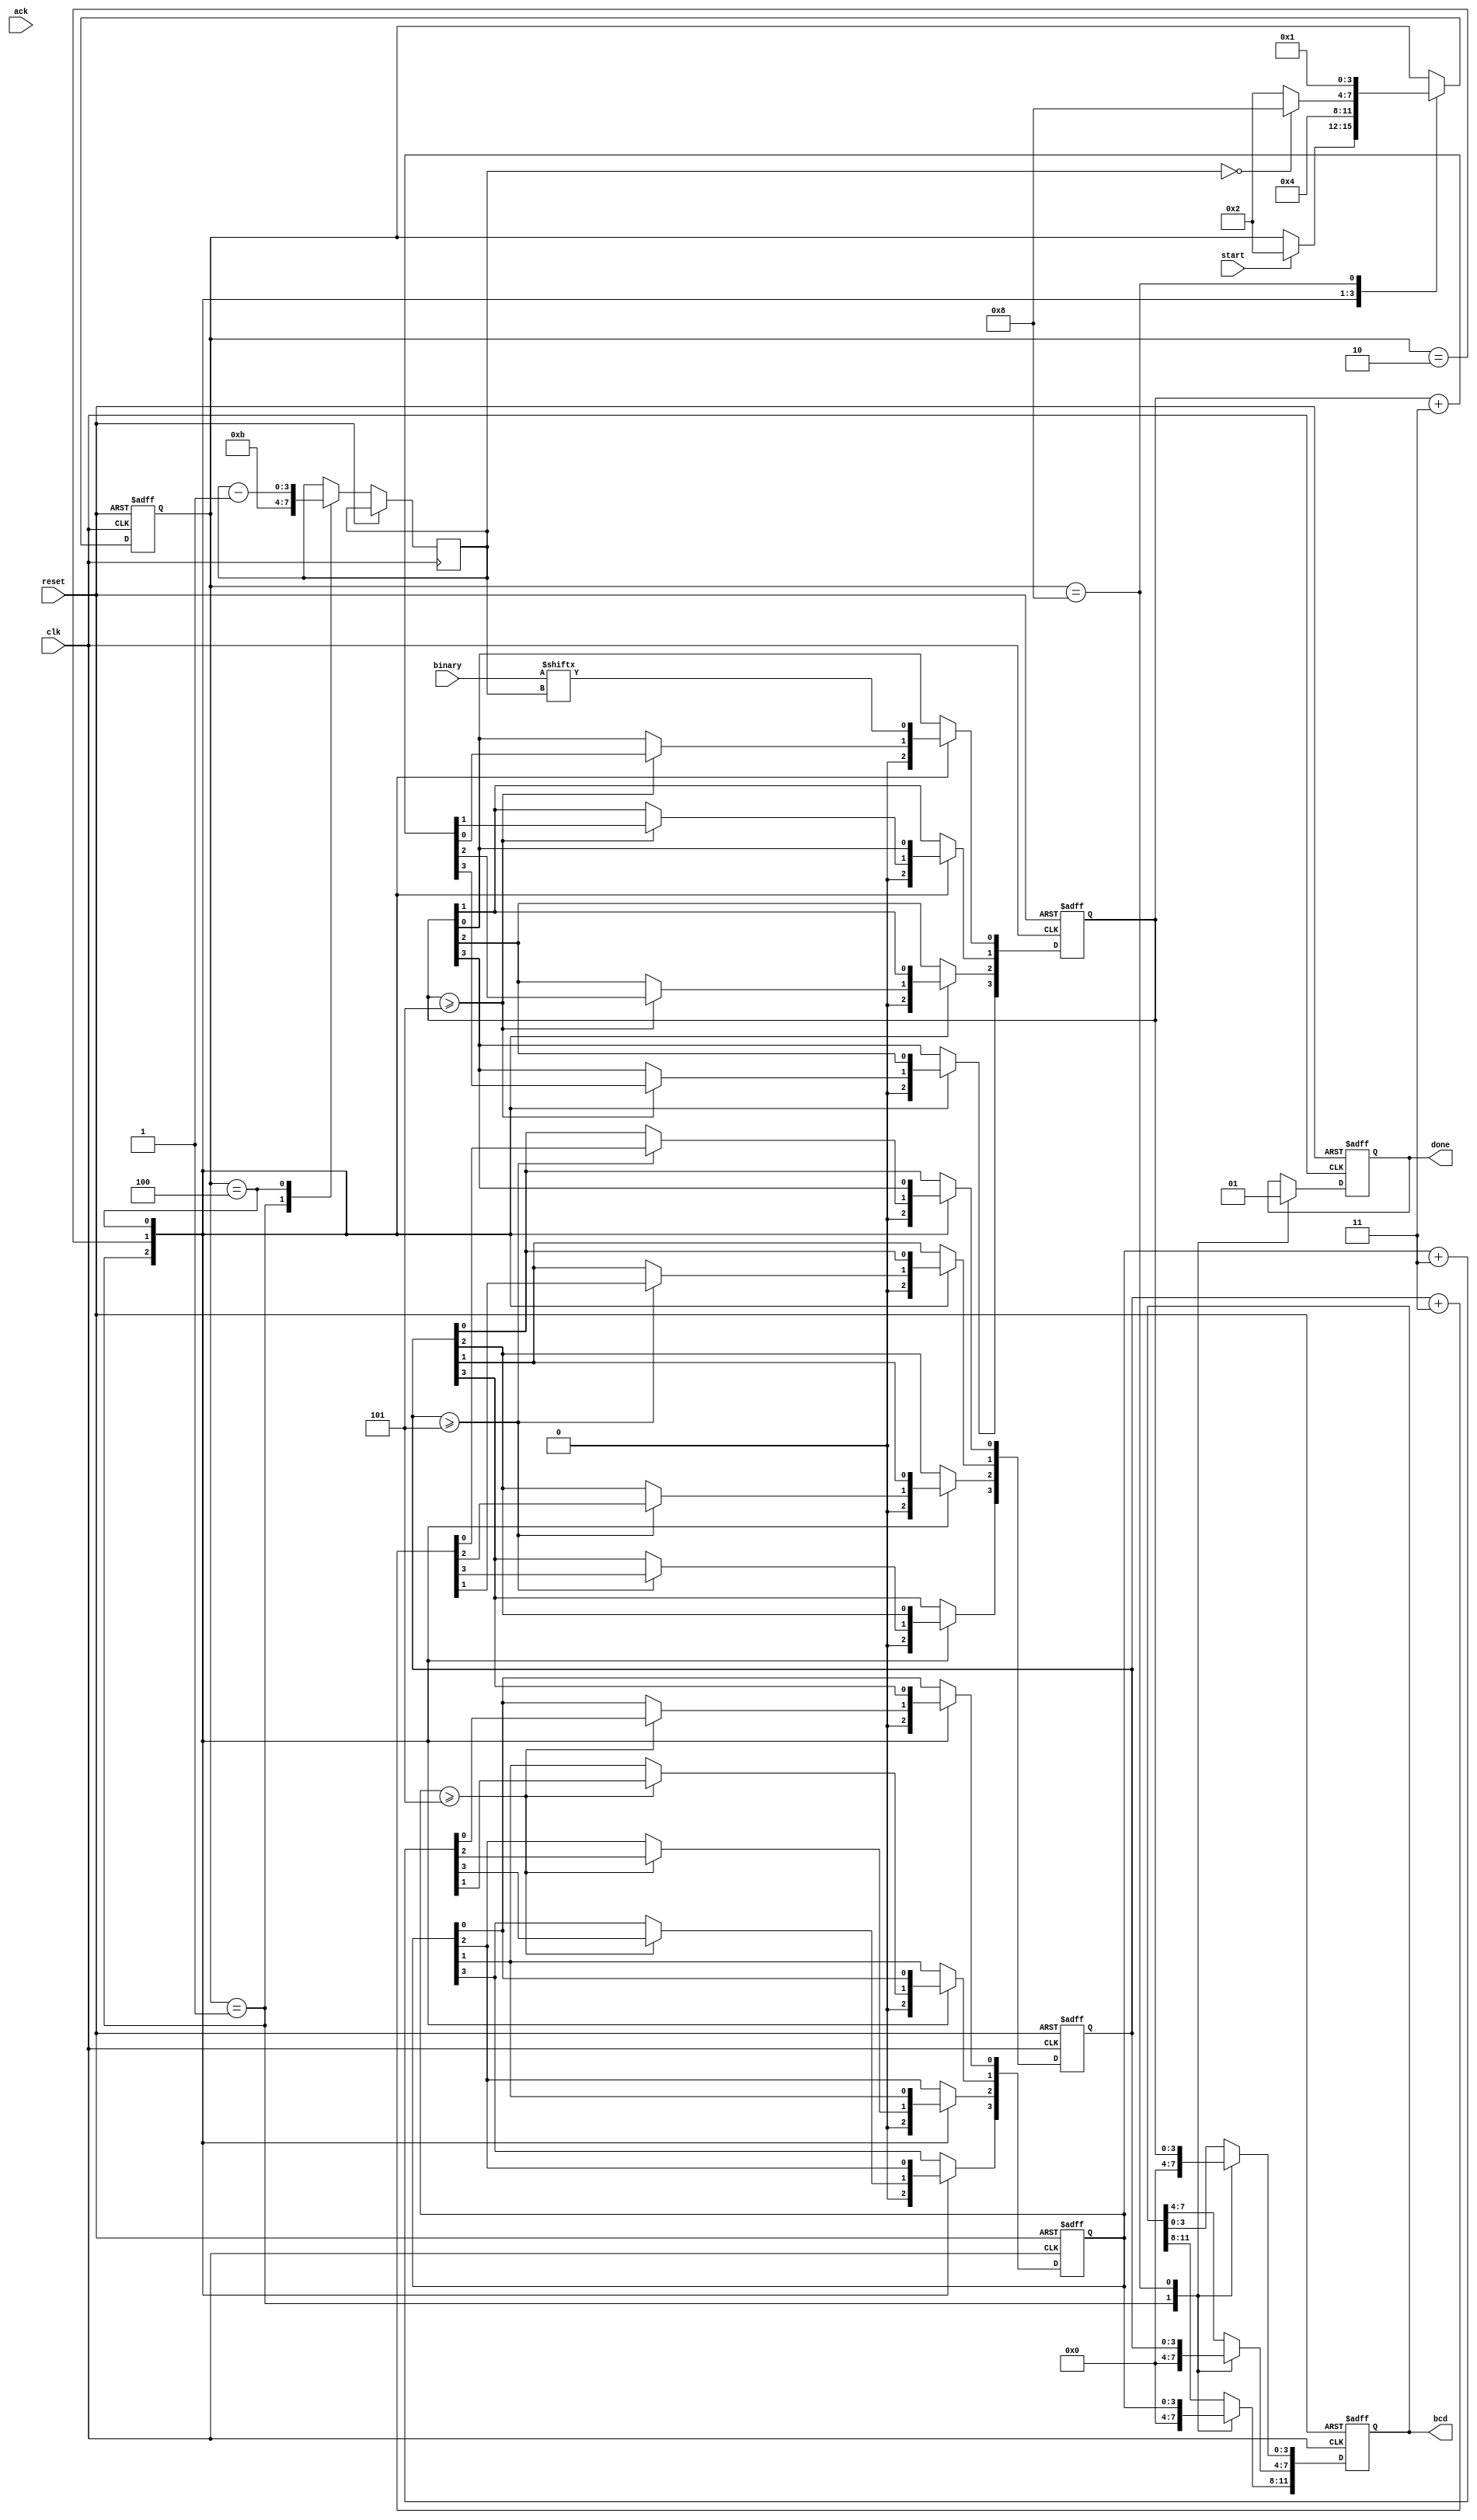
`timescale 1ns / 1ps
//////////////////////////////////////////////////////////////////////////////////
// Company: 
// Engineer: 
// 
// Design Name: 
// Module Name: binary_to_bcd
// Project Name: 
// Target Devices: 
// Tool Versions: 
// Description: 
// 
// Dependencies: 
// 
// Revision:
// Revision 0.01 - File Created
// Additional Comments:
// 
//////////////////////////////////////////////////////////////////////////////////


module binary_to_bcd(
    input clk,
    input start,
    input reset,
    input ack,
    input [11:0] binary,
    output [11:0] bcd,
    output done
    );
    
    reg doneReg;
    assign done = doneReg;
   
    localparam
    I = 4'b0001, B2BCD = 4'b0010, SHIFT = 4'b0100, DONE = 4'b1000;

    reg [3:0] state;
    reg [11:0] bcd_reg; 
    assign bcd = bcd_reg;
    
    //for calcuating BCD from binary
    reg [3:0] Hundreds;
    reg [3:0] Tens;
    reg [3:0] Ones;
    reg [3:0] count;
    
    always @(posedge clk or posedge reset) begin
            if (reset) begin
                state <= I;
                bcd_reg[11:0] <= 16'b0000000000000000;
                Hundreds <= 4'b0000;
                Tens <= 4'b0000;
                Ones <= 4'b0000;
                doneReg <= 1'b0;
            end
            else begin
                case(state)
                I:
                begin
                    //NSL
                    if(start) begin
                        state <= B2BCD;
                    end
    
                    //RTL
                    bcd_reg[11:0] <= 16'b0000000000000000;
                    Ones[3:0] <= 4'd0;
                    Tens[3:0] <= 4'd0;
                    Hundreds[3:0] <= 4'd0;
                    doneReg <= 1'b0;
                    count <= 4'd11;
                end
                B2BCD:
                begin
                    //NSL
                    state <= SHIFT;
                
                    //RTL
                    //Algorithm taken from https://pubweb.eng.utah.edu/~nmcdonal/Tutorials/BCDTutorial/BCDConversion.html
                    if(Hundreds >= 4'd5) begin
                        Hundreds <= Hundreds  + 4'b0011;
                    end
                    if(Tens >= 4'd5) begin
                        Tens <= Tens  + 4'b0011;
                    end
                    if(Ones >= 4'd5) begin
                        Ones <= Ones  + 4'b0011;
                    end
                    
                    
                    
                end
                SHIFT:
                    begin
                    if(count == 4'd0) begin
                         state <= DONE;
                    end
                    else
                         state <= B2BCD;
    

                    Hundreds[3] <= Hundreds[2];
                    Hundreds[2] <= Hundreds[1];
                    Hundreds[1] <= Hundreds[0];
                    Hundreds[0] <= Tens[3];
                    
                    Tens[3] <= Tens[2];
                    Tens[2] <= Tens[1];
                    Tens[1] <= Tens[0];
                    Tens[0] <= Ones[3];
                    
                    Ones[3] <= Ones[2];
                    Ones[2] <= Ones[1];
                    Ones[1] <= Ones[0];
                    Ones[0] <= binary[count];
                    
                    count <= count - 1;
                    end
                
                DONE:
                begin
                    //NSL
                    state <= I;
                    //RTL
                    bcd_reg[11:8] <= Hundreds[3:0];
                    bcd_reg[7:4] <= Tens[3:0];
                    bcd_reg[3:0] <= Ones[3:0];
    
                    doneReg <= 1'b1;
                    if(ack) begin
                        state <= I;
                    end
              
                end
                
                endcase
            end
        end
endmodule